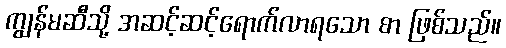
ကျွန်မဆီသို့ အဆင့်ဆင့်ရောက်လာရသော စာ ဖြစ်သည်။